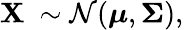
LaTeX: \mathbf{X}\ \sim{\mathcal{N}}({\boldsymbol{\mu}},{\boldsymbol{\Sigma}}),